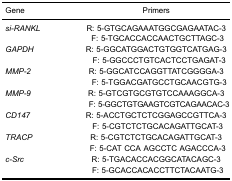
<table><thead><tr><td><b>Gene</b></td><td><b>Primers</b></td></tr></thead><tbody><tr><td><i>si-RANKL</i></td><td>R: 5-GTGCAGAAATGGCGAGAATAC-3 F: 5-TGCACCACCAACTGCTTAGC-3</td></tr><tr><td><i>GAPDH</i></td><td>R: 5-GGCATGGACTGTGGTCATGAG-3 F: 5-GGCCCTGTCACTCCTGAGAT-3</td></tr><tr><td><i>MMP-2</i></td><td>R: 5-GGCATCCAGGTTATCGGGGA-3 F: 5-TGGACGATGCCTGCAACGTG-3</td></tr><tr><td><i>MMP-9</i></td><td>R: 5-GTCGTGCGTGTCCAAAGGCA-3 F: 5-GGCTGTGAAGTCGTCAGAACAC-3</td></tr><tr><td><i>CD147</i></td><td>R: 5-ACCTGCTCTCGGAGCCGTTCA-3 F: 5-CGTCTCTGCACAGATTGCAT-3</td></tr><tr><td><i>TRACP</i></td><td>R: 5-CGTCTCTGCACAGATTGCAT-3 F: 5-CAT CCA AGCCTC AGACCCA-3</td></tr><tr><td><i>c-Src</i></td><td>R: 5-TGACACCACGGCATACAGC-3 F: 5-GCACCACACCTTCTACAATG-3</td></tr></tbody></table>